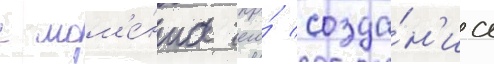
с мом'е́нта его́ созда́н'иа